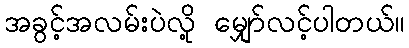
အခွင့်အလမ်းပဲလို့ မျှော်လင့်ပါတယ်။